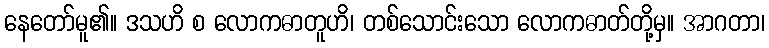
နေတော်မူ၏။ ဒသဟိ စ လောကဓာတူဟိ၊ တစ်သောင်းသော လောကဓာတ်တို့မှ။ အာဂတာ၊